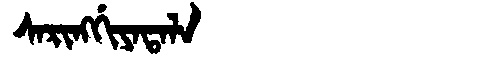
Manchu: ᠰᠠᡵᡳᠩᡤᡳᠶᠠᡨᠠᠯᠠ
Romanization: SARINGGIYATALA